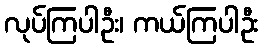
လုပ်ကြပါဦး၊ ကယ်ကြပါဦး